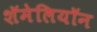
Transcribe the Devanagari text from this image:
शॅमेलियॉन